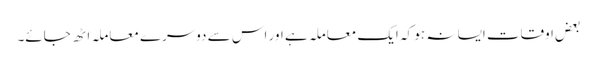
بعض اوقات ایسا نہ ہو کہ ایک معاملہ ہے اور اس سے دوسرے معاملہ اٹھ جائے۔